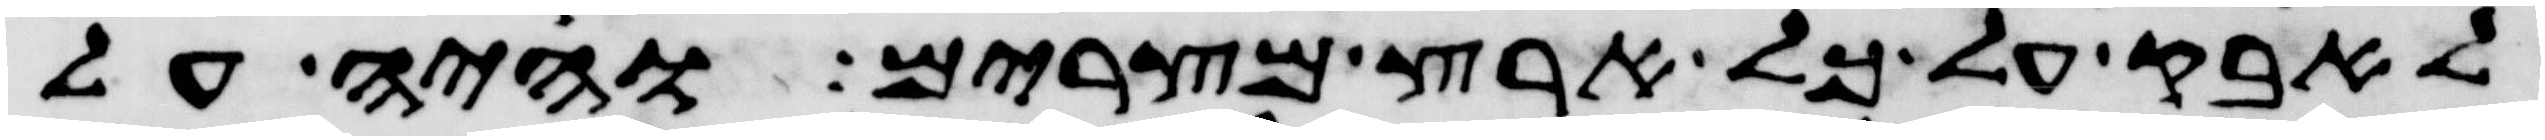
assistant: לאבק על כל ארץ מצרים והיה על